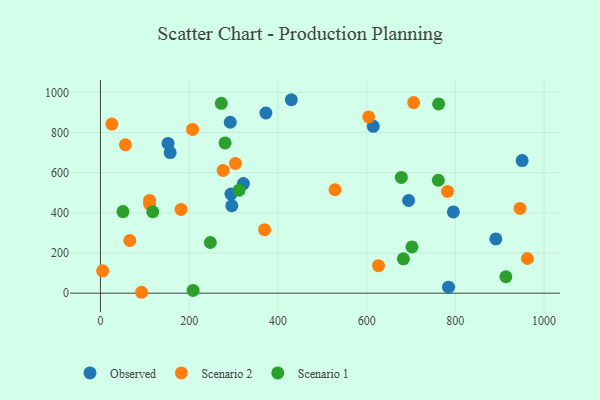
{"axis": {"x": "Speed", "y": "Yield"}, "legend": ["Observed", "Scenario 1", "Scenario 2"], "data": [{"x": "694.6", "y": 461.4, "type": "Observed"}, {"x": "294.2", "y": 493.5, "type": "Observed"}, {"x": "795.5", "y": 404.7, "type": "Observed"}, {"x": "372.9", "y": 897.2, "type": "Observed"}, {"x": "615.0", "y": 830.9, "type": "Observed"}, {"x": "157.1", "y": 700.3, "type": "Observed"}, {"x": "430.2", "y": 963.2, "type": "Observed"}, {"x": "950.5", "y": 660.1, "type": "Observed"}, {"x": "891.2", "y": 270.1, "type": "Observed"}, {"x": "784.6", "y": 29.9, "type": "Observed"}, {"x": "292.6", "y": 851.1, "type": "Observed"}, {"x": "296.1", "y": 435.4, "type": "Observed"}, {"x": "152.4", "y": 745.8, "type": "Observed"}, {"x": "322.2", "y": 545.7, "type": "Observed"}, {"x": "962.3", "y": 172.7, "type": "Scenario 2"}, {"x": "276.6", "y": 611.3, "type": "Scenario 2"}, {"x": "25.7", "y": 842.1, "type": "Scenario 2"}, {"x": "706.0", "y": 949.0, "type": "Scenario 2"}, {"x": "626.7", "y": 136.9, "type": "Scenario 2"}, {"x": "110.7", "y": 443.8, "type": "Scenario 2"}, {"x": "604.6", "y": 877.7, "type": "Scenario 2"}, {"x": "110.8", "y": 461.6, "type": "Scenario 2"}, {"x": "369.9", "y": 316.1, "type": "Scenario 2"}, {"x": "4.9", "y": 111.2, "type": "Scenario 2"}, {"x": "181.7", "y": 417.2, "type": "Scenario 2"}, {"x": "945.7", "y": 422.2, "type": "Scenario 2"}, {"x": "56.3", "y": 738.9, "type": "Scenario 2"}, {"x": "528.7", "y": 514.9, "type": "Scenario 2"}, {"x": "782.4", "y": 506.7, "type": "Scenario 2"}, {"x": "207.6", "y": 815.3, "type": "Scenario 2"}, {"x": "66.1", "y": 262.4, "type": "Scenario 2"}, {"x": "92.6", "y": 4.5, "type": "Scenario 2"}, {"x": "304.3", "y": 646.2, "type": "Scenario 2"}, {"x": "272.4", "y": 945.2, "type": "Scenario 1"}, {"x": "280.9", "y": 748.2, "type": "Scenario 1"}, {"x": "678.2", "y": 576.2, "type": "Scenario 1"}, {"x": "50.8", "y": 406.2, "type": "Scenario 1"}, {"x": "312.4", "y": 512.8, "type": "Scenario 1"}, {"x": "702.2", "y": 230.4, "type": "Scenario 1"}, {"x": "117.9", "y": 405.5, "type": "Scenario 1"}, {"x": "762.3", "y": 942.1, "type": "Scenario 1"}, {"x": "761.6", "y": 562.3, "type": "Scenario 1"}, {"x": "208.8", "y": 13.6, "type": "Scenario 1"}, {"x": "913.8", "y": 81.9, "type": "Scenario 1"}, {"x": "682.8", "y": 171.2, "type": "Scenario 1"}, {"x": "247.7", "y": 252.4, "type": "Scenario 1"}]}